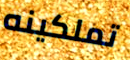
تملكينه